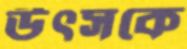
উৎসকে